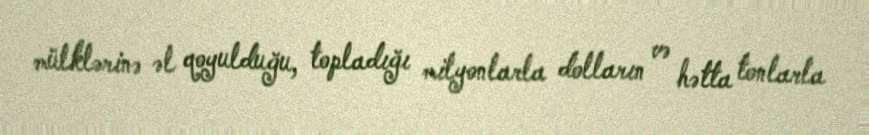
mülklərinə əl qoyulduğu, topladığı milyonlarla dolların və hətta tonlarla